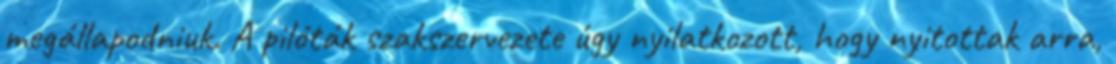
megállapodniuk. A pilóták szakszervezete úgy nyilatkozott, hogy nyitottak arra,